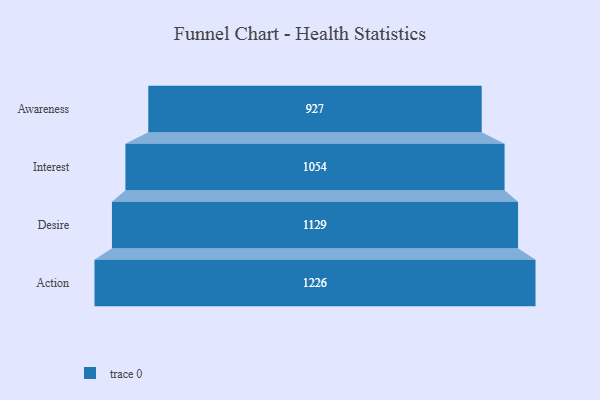
{"axis": {"x": "Stage", "y": "Value"}, "legend": [""], "data": [{"x": "Awareness", "y": 927.0, "type": ""}, {"x": "Interest", "y": 1054.0, "type": ""}, {"x": "Desire", "y": 1129.0, "type": ""}, {"x": "Action", "y": 1226.0, "type": ""}]}